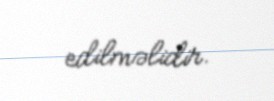
edilməlidir.